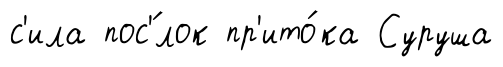
с'ила пос'́лок пр'ито́ка Суруша